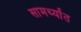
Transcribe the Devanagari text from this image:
सामर्थ्यांत